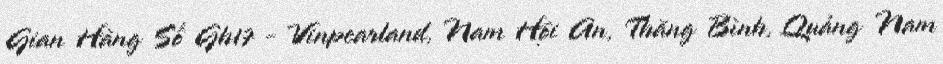
Gian Hàng Số Gh17 - Vinpearland, Nam Hội An, Thăng Bình, Quảng Nam